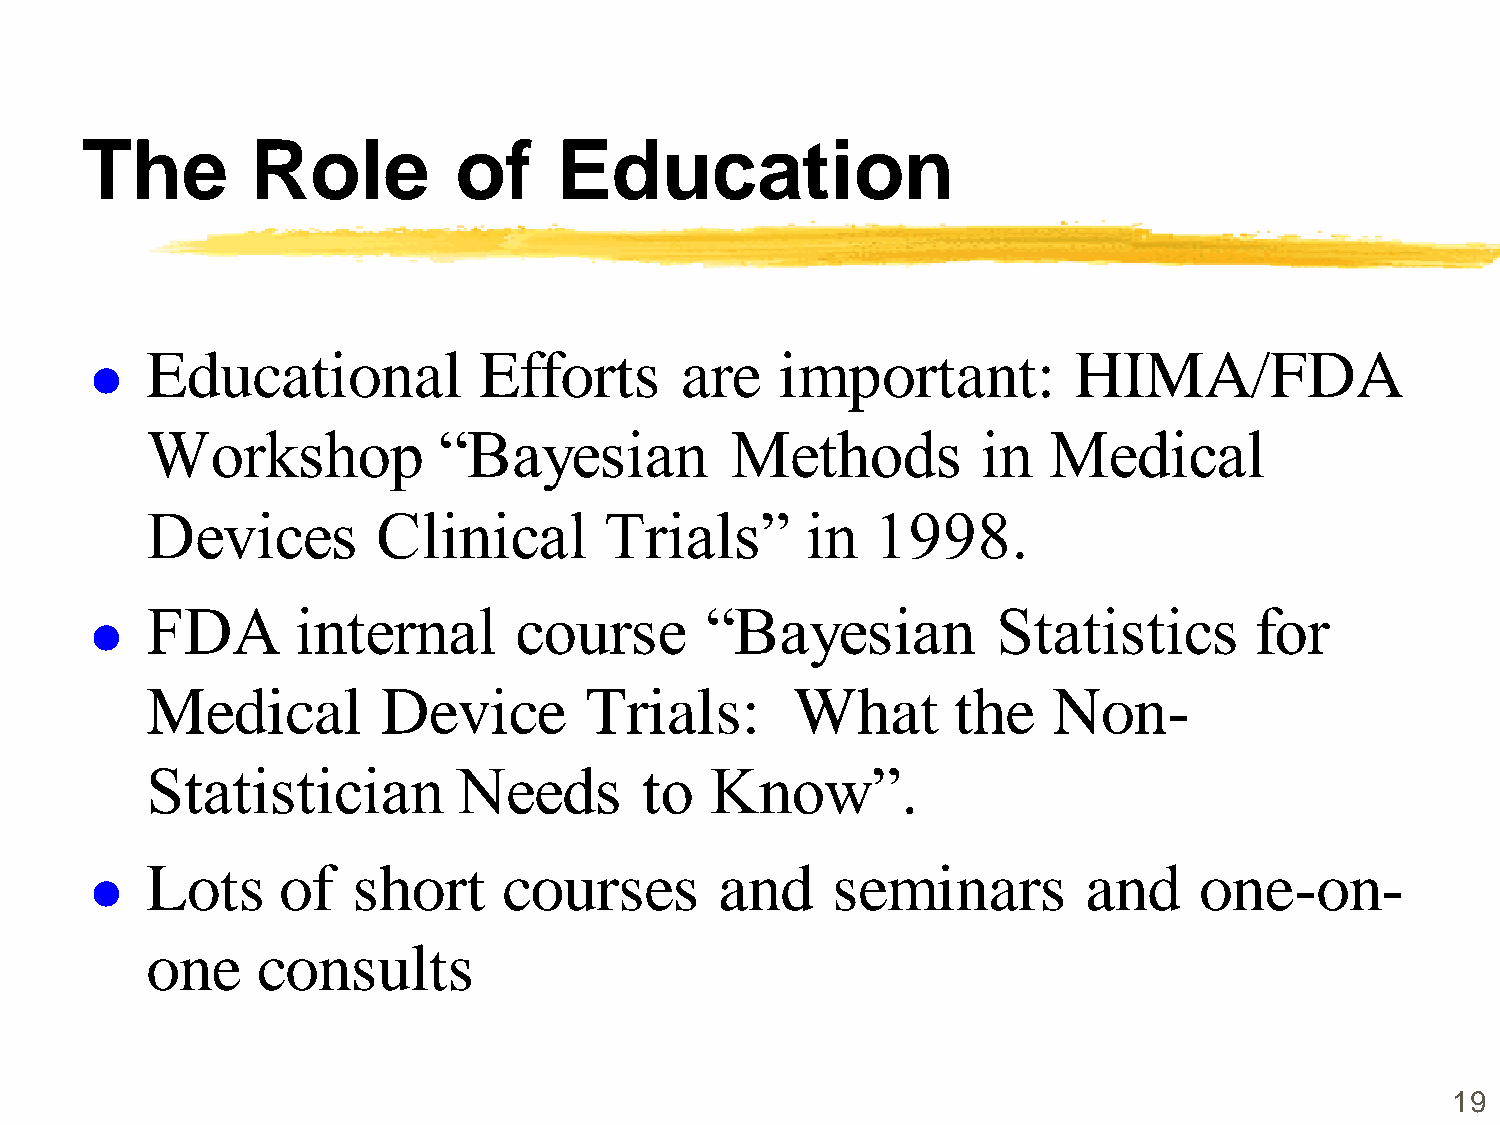
The         Role         of     Education
 Educational           Efforts      are    important:         HIMA/FDA
 
 Workshop           “Bayesian          Methods          in  Medical
 Devices        Clinical       Trials”      in   1998.
 FDA       internal      course       “Bayesian          Statistics       for
 
 Medical        Device        Trials:       What      the    Non-
 Statistician        Needs       to   Know”.
 Lots    of   short     courses        and    seminars         and    one-on-
 
 one    consults
 19